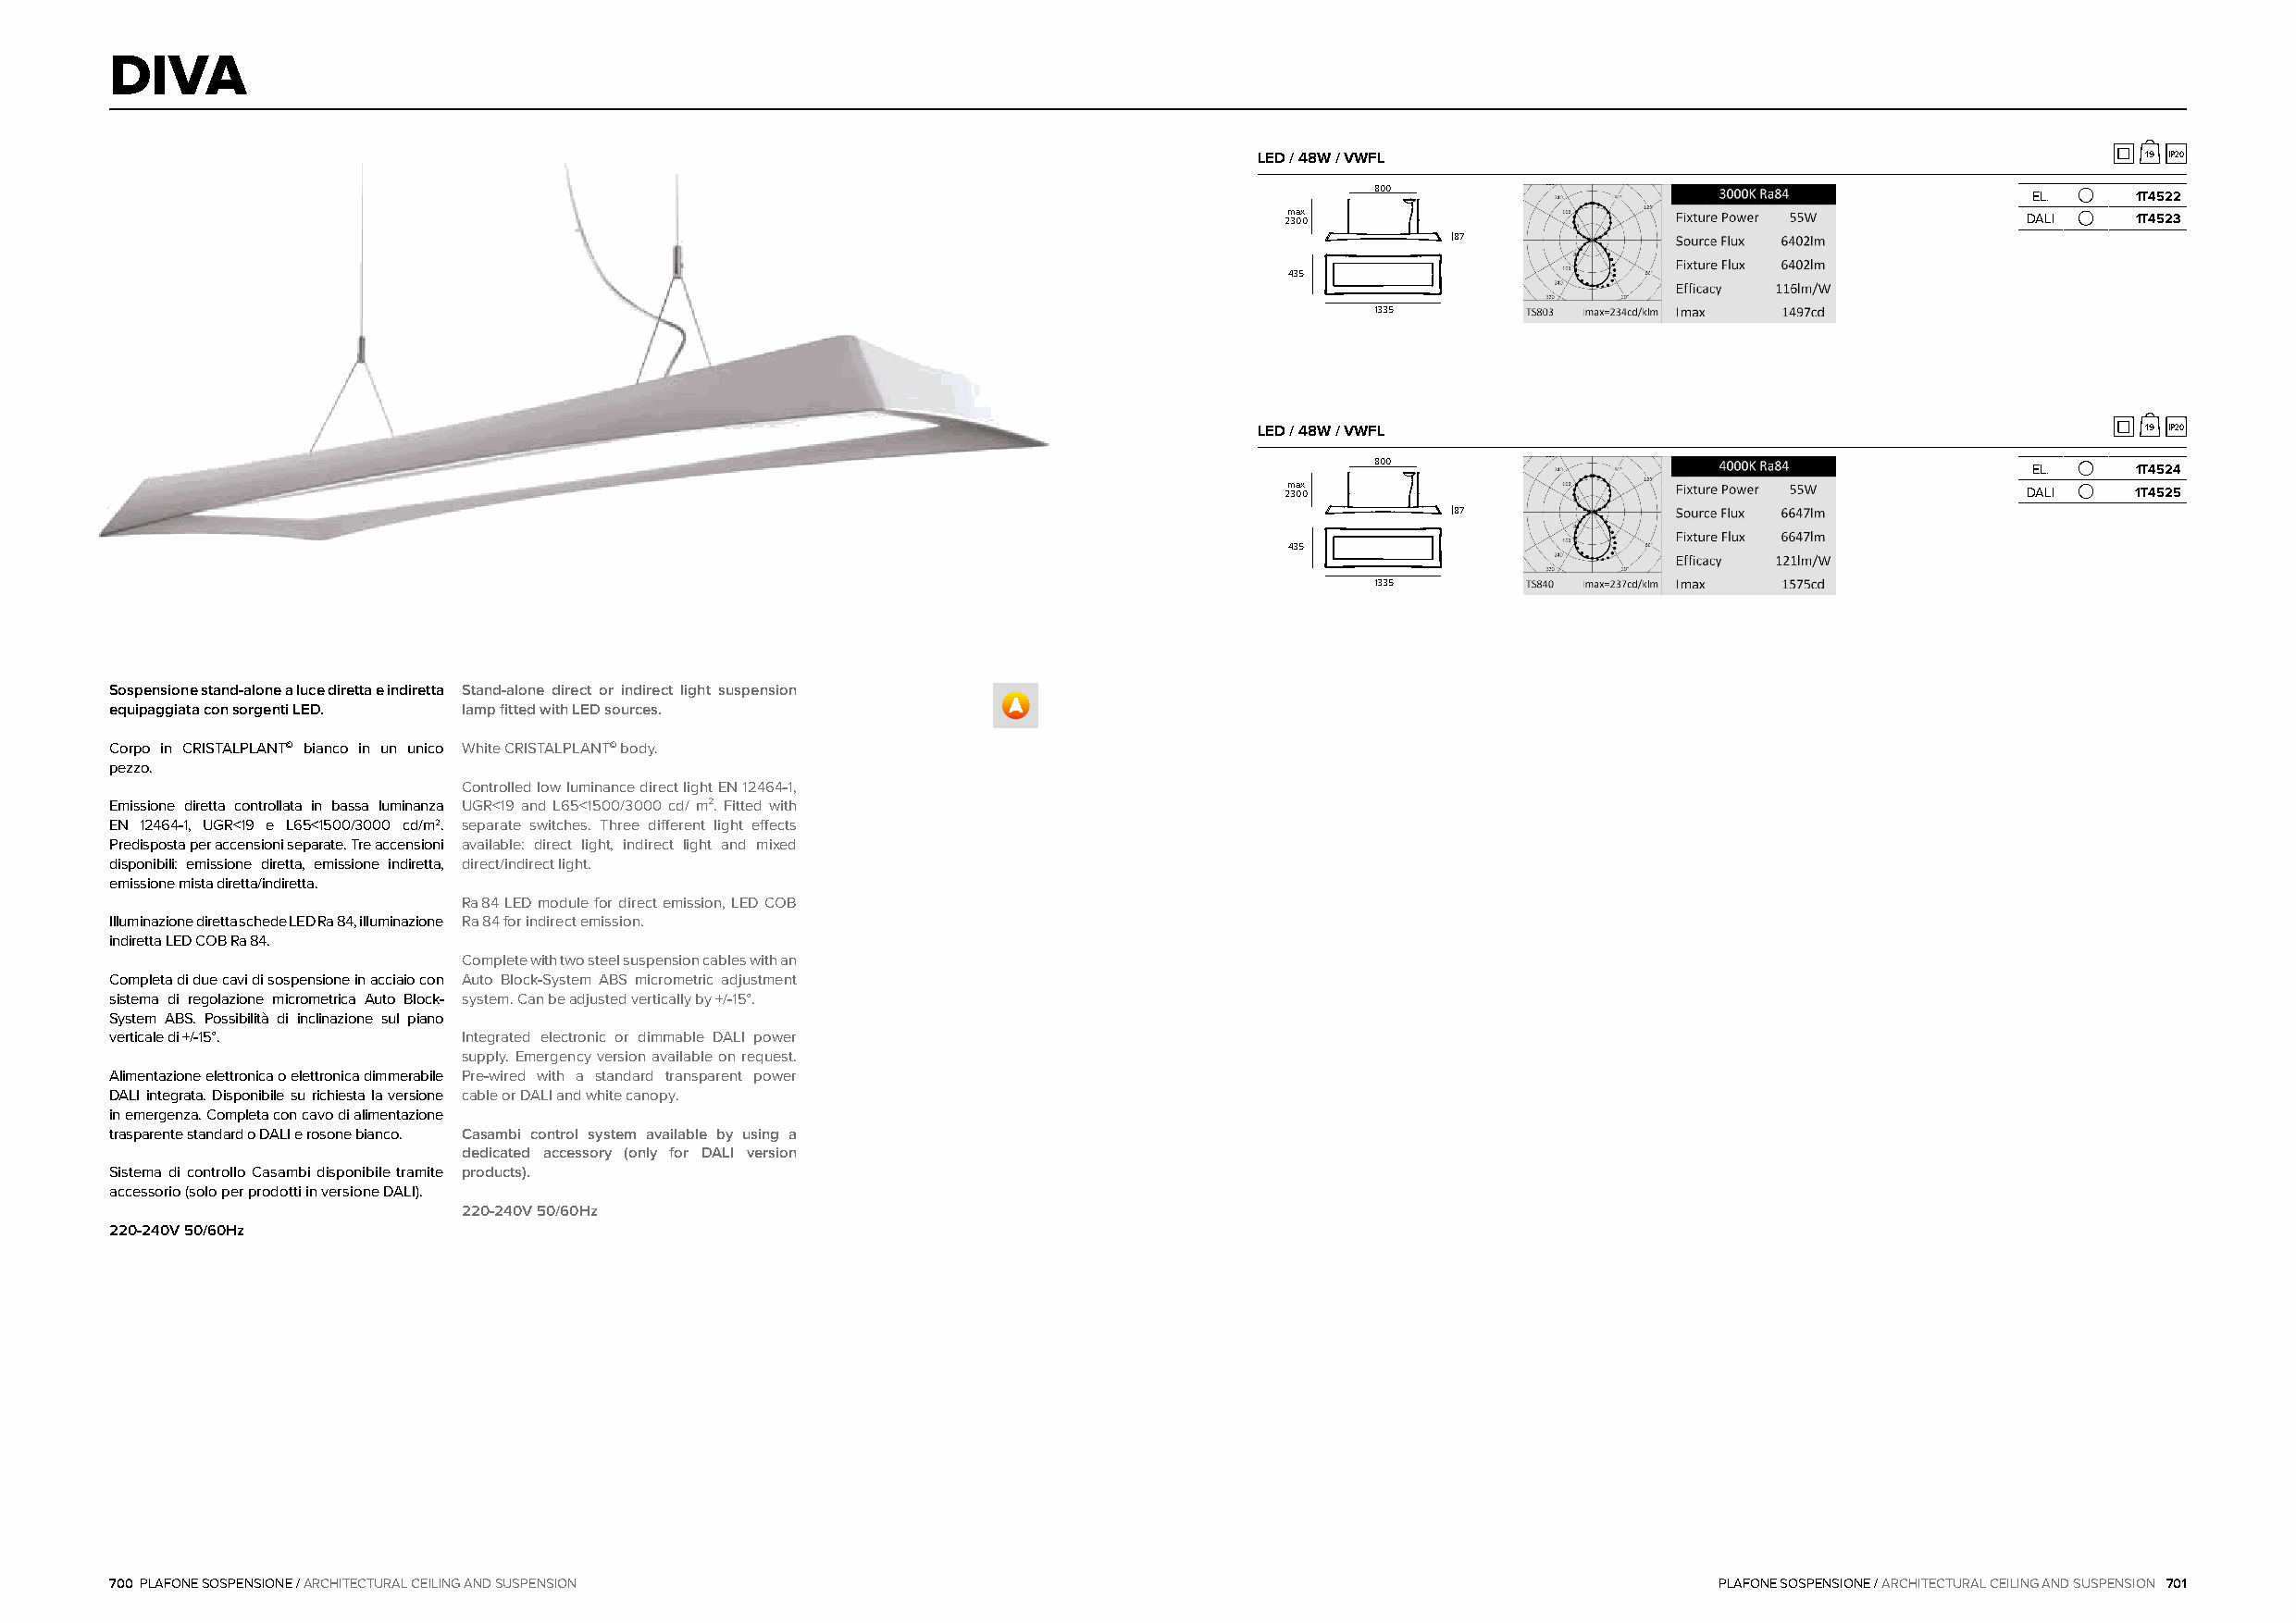
DIVA
 LED / 48W / VWFL                                               19 IP20
 800
 EL.     1T4522
 max
 2300                                                 DALI    1T4523
 87
 435
 1335
 LED / 48W / VWFL                                               19 IP20
 800
 EL.     1T4524
 max
 2300                                                 DALI    1T4525
 87
 435
 1335
 Sospensione stand-alone a luce diretta e indiretta Stand-alone direct or indirect light suspension
 equipaggiata con sorgenti LED. lamp fitted with LED sources.
 Corpo in CRISTALPLANT© bianco in un unico White CRISTALPLANT© body.
 pezzo.
 Controlled low luminance direct light EN 12464-1,
 Emissione diretta controllata in bassa luminanza UGR<19 and L65<1500/3000 cd/ m². Fitted with
 EN 12464-1, UGR<19 e L65<1500/3000 cd/m2. separate switches. Three different light effects
 Predisposta per accensioni separate. Tre accensioni available: direct light, indirect light and mixed
 disponibili: emissione diretta, emissione indiretta, direct/indirect light.
 emissione mista diretta/indiretta.
 Ra84 LED module for direct emission, LED COB
 Illuminazione diretta schede LED Ra84, illuminazione Ra84 for indirect emission.
 indiretta LED COB Ra84.
 Complete with two steel suspension cables with an
 Completa di due cavi di sospensione in acciaio con Auto Block-System ABS micrometric adjustment
 sistema di regolazione micrometrica Auto Block- system. Can be adjusted vertically by +/-15°.
 System ABS. Possibilità di inclinazione sul piano
 verticale di +/-15°.     Integrated electronic or dimmable DALI power
 supply. Emergency version available on request.
 Alimentazione elettronica o elettronica dimmerabile Pre-wired with a standard transparent power
 DALI integrata. Disponibile su richiesta la versione cable or DALI and white canopy.
 in emergenza. Completa con cavo di alimentazione
 trasparente standard o DALI e rosone bianco. Casambi control system available by using a
 dedicated accessory (only for DALI version
 Sistema di controllo Casambi disponibile tramite products).
 accessorio (solo per prodotti in versione DALI).
 220-240V 50/60Hz
 220-240V 50/60Hz
 700 PLAFONE SOSPENSIONE / ARCHITECTURAL CEILING AND SUSPENSION                                                     PLAFONE SOSPENSIONE / ARCHITECTURAL CEILING AND SUSPENSION 701